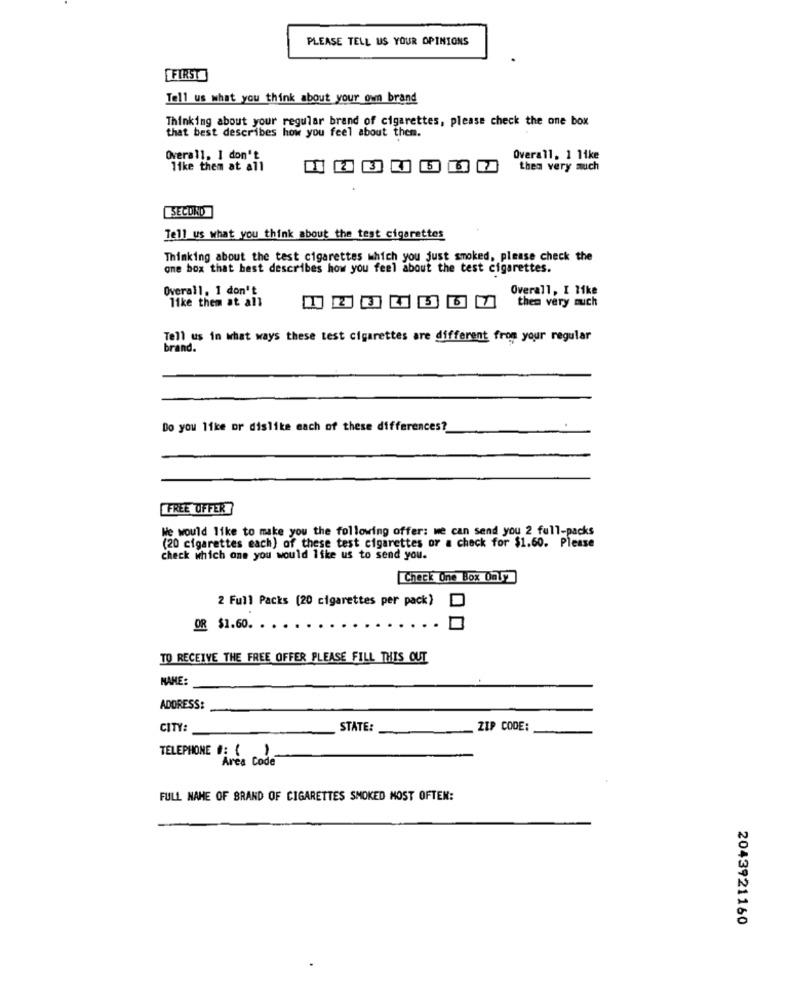
PLEASE TELL US YOUR OPINIONS
FIRST
Tell us what you think about your own brand
Thinking about your regular brand of cigarettes, please check the one box
that best describes how you feel about them.
Overall. I don't
Overall, 1 like
like them at all
thea very much
SECOND
Tell us what you think about the test cigarettes
Thinking about the test cigarettes which you just smoked, please check the
one box that best describes how you feel about the test cigarettes.
Overall. 1 don't
Overall, I like
like them at all
then very much
Tell us in what ways these test cigarettes are different from your regular
brand.
Do you like or dislike each of these differences?
FREE OFFER
We would like to make you the following offer: we can send you 2 full-packs
(20 cigarettes each) of these test cigarettes or a check for $1.60. Please
check which one you would like us to send you.
Check One Box Daly
2 Full Packs (20 cigarettes per pack)
OR $1.60. . ..
TO RECEIVE THE FREE OFFER PLEASE FILL THIS OUT
NAME:
ADDRESS:
CITY:
STATE:
ZIP CODE:
TELEPHONE 0: 1)
Area Code
FULL NAME OF BRAND OF CIGARETTES SMOKED MOST OFTEN:
2043921160